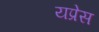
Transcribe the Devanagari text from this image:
यप्रेस